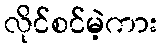
လိုင်စင်မဲ့ကား